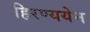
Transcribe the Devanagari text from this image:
हिरण्ययेन